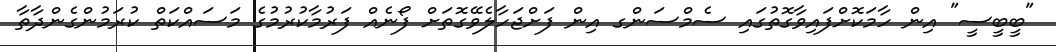
"ބީބީސީ" އިން ހާމަކޮށްފައިވާގޮތުގައި ސެމްސަންގ އިން ފަށްޖަހާލެވޭގޮތަށް ފޯނެއް ފަރުމާކުރުމުގެ މަސައްކަތް ކުރަމުންގެންދާތާ